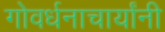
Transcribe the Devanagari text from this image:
गोवर्धनाचार्यांनी